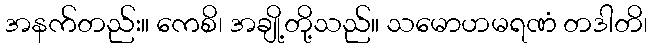
အနက်တည်း။ ကေစိ၊ အချို့တို့သည်။ သမောဟမရဏံ တဒါတိ၊